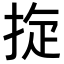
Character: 𢭀